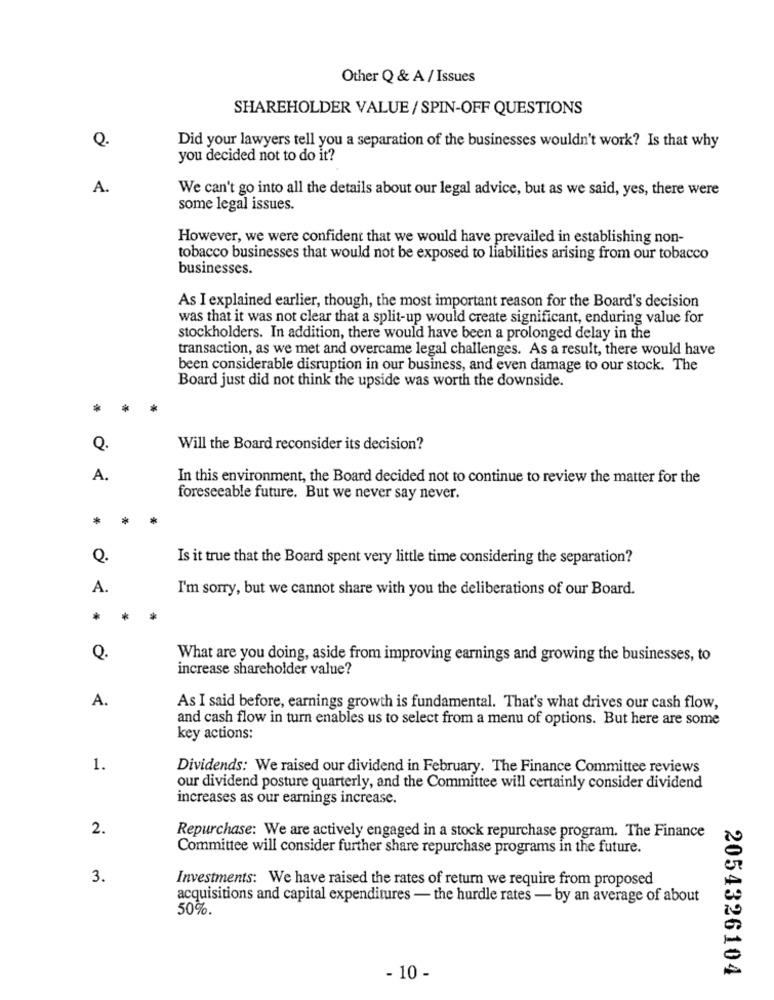
Other Q & A / Issues
SHAREHOLDER VALUE / SPIN-OFF QUESTIONS
Q.
Did your lawyers tell you a separation of the businesses wouldn't work? Is that why
you decided not to do it?
A.
We can't go into all the details about our legal advice, but as we said, yes, there were
some legal issues.
However, we were confident that we would have prevailed in establishing non-
tobacco businesses that would not be exposed to liabilities arising from our tobacco
businesses.
As I explained earlier, though, the most important reason for the Board's decision
was that it was not clear that a split-up would create significant, enduring value for
stockholders. In addition, there would have been a prolonged delay in the
transaction, as we met and overcame legal challenges. As a result, there would have
been considerable disruption in our business, and even damage to our stock. The
Board just did not think the upside was worth the downside.
*
Q.
Will the Board reconsider its decision?
A.
In this environment, the Board decided not to continue to review the matter for the
foreseeable future. But we never say never.
*
Q.
Is it true that the Board spent very little time considering the separation?
A.
I'm sorry, but we cannot share with you the deliberations of our Board.
Q.
What are you doing, aside from improving earnings and growing the businesses, to
increase shareholder value?
A.
As I said before, earnings growth is fundamental. That's what drives our cash flow,
and cash flow in turn enables us to select from a menu of options. But here are some
key actions:
1.
Dividends: We raised our dividend in February. The Finance Committee reviews
our dividend posture quarterly, and the Committee will certainly consider dividend
increases as our earnings increase.
2.
Repurchase: We are actively engaged in a stock repurchase program. The Finance
Committee will consider further share repurchase programs in the future.
3.
Investments: We have raised the rates of return we require from proposed
acquisitions and capital expenditures - the hurdle rates - by an average of about
50%.
2054326104
- 10 -